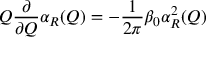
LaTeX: Q \frac { \partial } { \partial Q } \alpha _ { R } ( Q ) = - \frac { 1 } { 2 \pi } \beta _ { 0 } \alpha _ { R } ^ { 2 } ( Q )